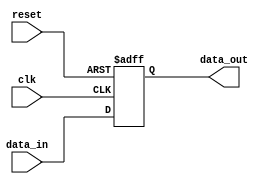
module timing_control_and_synchronization (
   input wire clk,
   input wire reset,
   input wire data_in,
   output wire data_out
);

reg delayed_data;

always @(posedge clk or posedge reset) begin
   if (reset) begin
      delayed_data <= 1'b0;
   end else begin
      // Add delay element here if needed
      delayed_data <= data_in;
   end
end

assign data_out = delayed_data;

endmodule